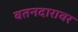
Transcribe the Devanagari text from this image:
वतनदारावर